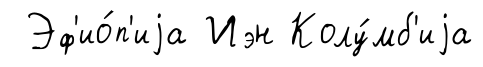
Эф'ио́п'иjа Иэн Колу́мб'иjа